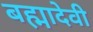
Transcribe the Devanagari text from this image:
बह्मादेवी